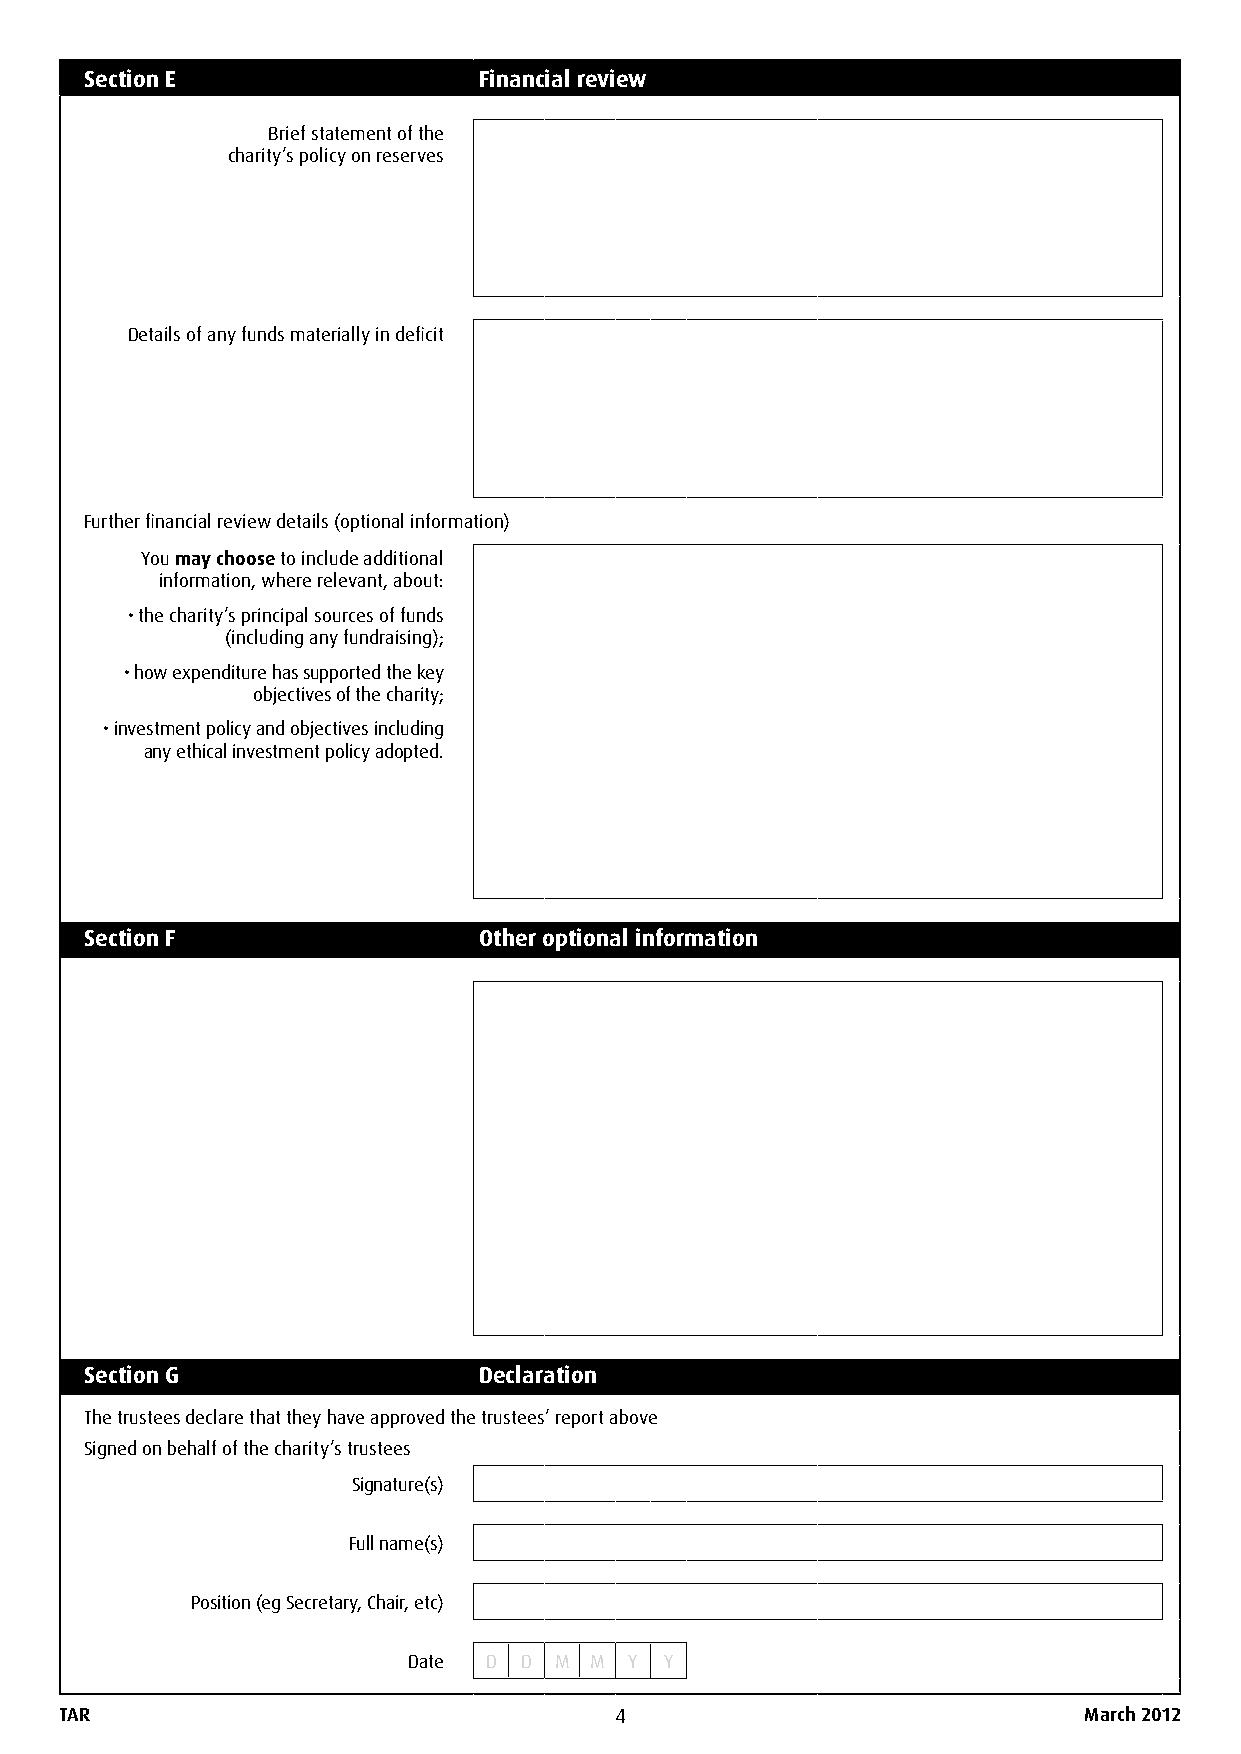
Section E                 Financial review
 Brief statement of the
 charity’s policy on reserves
 Details of any funds materially in deficit
 Further financial review details (optional information)
 You may choose to include additional
 information, where relevant, about:
 • the charity’s principal sources of funds
 (including any fundraising);
 • how expenditure has supported the key
 objectives of the charity;
 • investment policy and objectives including
 any ethical investment policy adopted.
 Section F                 Other optional information
 Section G                 Declaration
 The trustees declare that they have approved the trustees’ report above
 Signed on behalf of the charity’s trustees
 Signature(s)
 Full name(s)
 Position (eg Secretary, Chair, etc)
 Date D D  M M  Y Y
 TAR                                  4                              March 2012